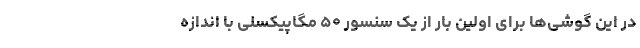
در این گوشی‌ها برای اولین بار از یک سنسور ۵۰ مگاپیکسلی با اندازه